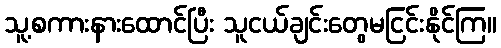
သူ့စကားနားထောင်ပြီး သူငယ်ချင်းတွေမငြင်းနိုင်ကြ။